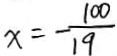
x = - \frac { 1 0 0 } { 1 9 }